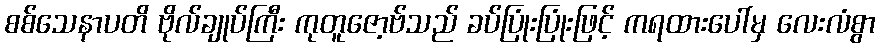
စစ်သေနာပတိ ဗိုလ်ချုပ်ကြီး ကုတူဇော့ဗ်သည် ခပ်ပြုံးပြုံးဖြင့် ကရထားပေါ်မှ လေးလံစွာ